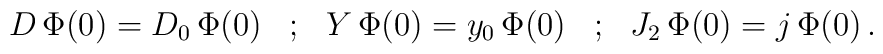
\begin{array}{ccccc}  D \, \Phi(0) = D_0 \, \Phi(0)&;& Y \, \Phi(0) = y_0 \, \Phi(0) &;&J_2\, \Phi(0) = j \, \Phi(0)\,.\end{array}